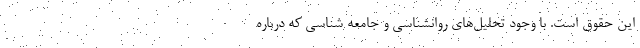
این حقوق است. با وجود تحلیل‌های روانشناسی و جامعه شناسی که درباره